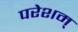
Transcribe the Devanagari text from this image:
परेशम्